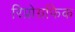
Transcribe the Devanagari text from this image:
रिप्रोग्रफिक